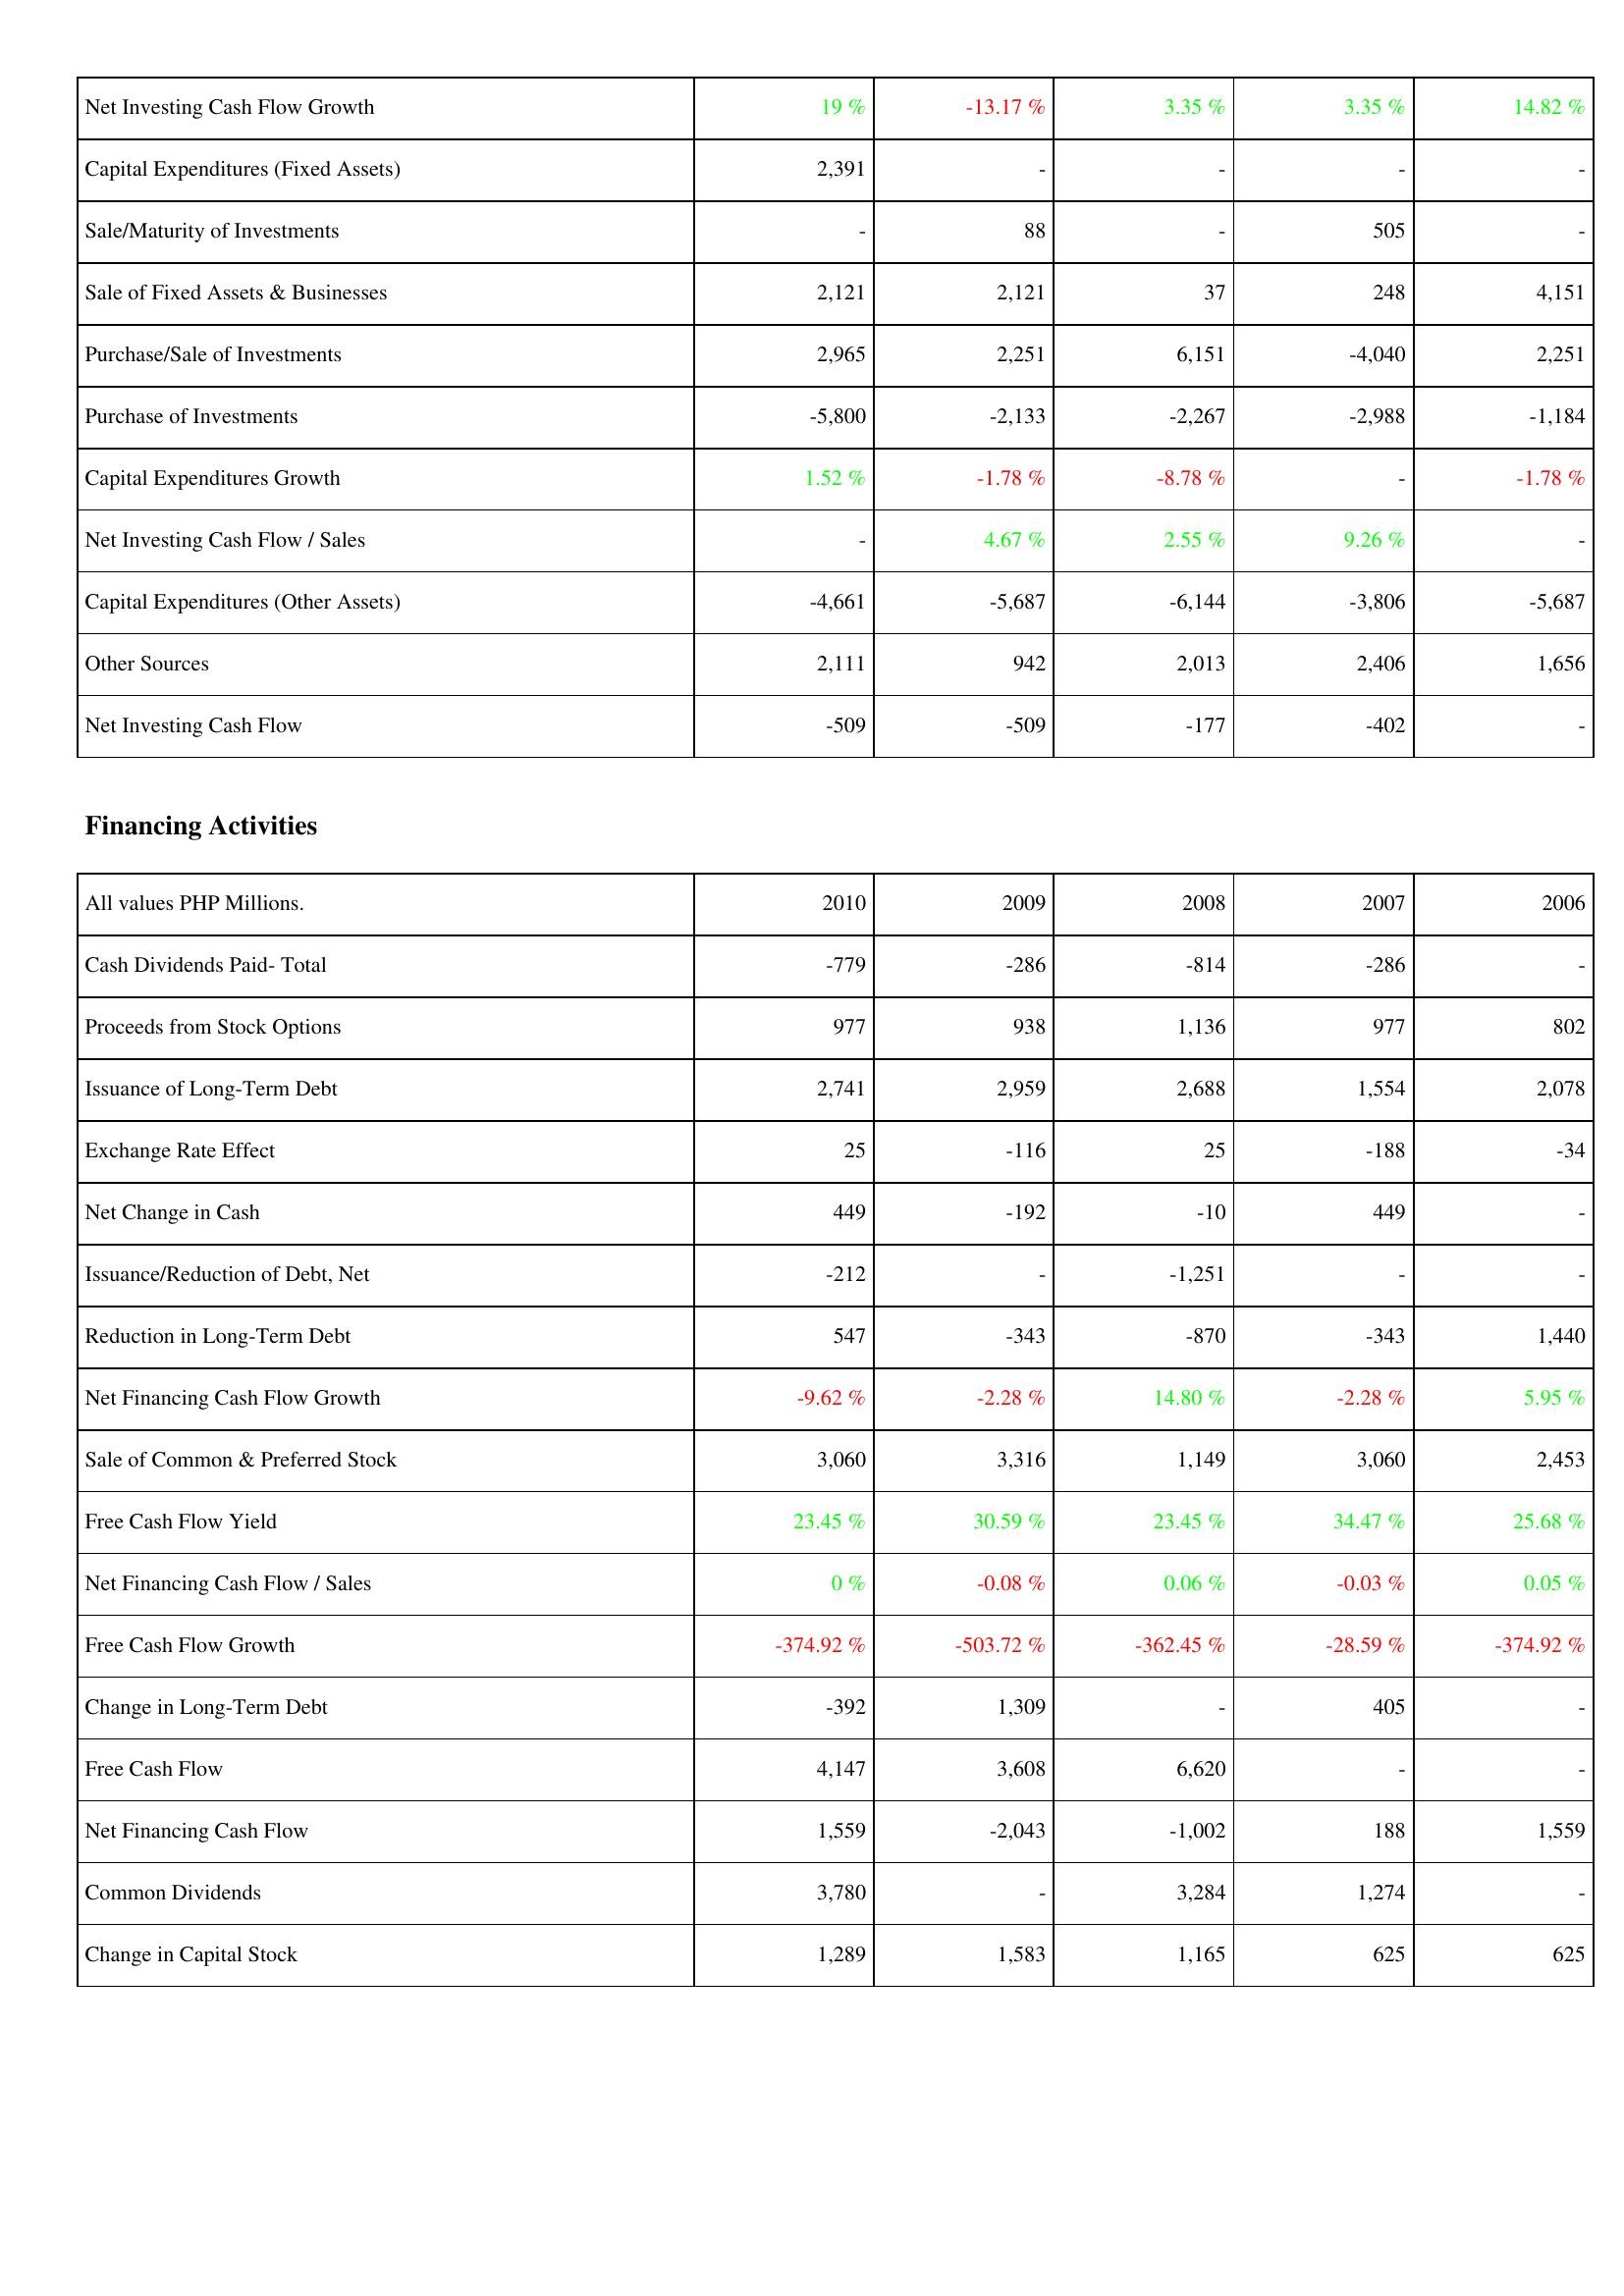
2010: Investing Activities: Net Investing Cash Flow Growth: 19 %
Capital Expenditures (Fixed Assets): 2,391
Sale/Maturity of Investments: -
Sale of Fixed Assets & Businesses: 2,121
Purchase/Sale of Investments: 2,965
Purchase of Investments: -5,800
Capital Expenditures Growth: 1.52 %
Net Investing Cash Flow / Sales: -
Capital Expenditures (Other Assets): -4,661
Other Sources: 2,111
Net Investing Cash Flow: -509
Financing Activities: Cash Dividends Paid- Total: -779
Proceeds from Stock Options: 977
Issuance of Long-Term Debt: 2,741
Exchange Rate Effect: 25
Net Change in Cash: 449
Issuance/Reduction of Debt, Net: -212
Reduction in Long-Term Debt: 547
Net Financing Cash Flow Growth: -9.62 %
Sale of Common & Preferred Stock: 3,060
Free Cash Flow Yield: 23.45 %
Net Financing Cash Flow / Sales: 0 %
Free Cash Flow Growth: -374.92 %
Change in Long-Term Debt: -392
Free Cash Flow: 4,147
Net Financing Cash Flow: 1,559
Common Dividends: 3,780
Change in Capital Stock: 1,289
2009: Investing Activities: Net Investing Cash Flow Growth: -13.17 %
Capital Expenditures (Fixed Assets): -
Sale/Maturity of Investments: 88
Sale of Fixed Assets & Businesses: 2,121
Purchase/Sale of Investments: 2,251
Purchase of Investments: -2,133
Capital Expenditures Growth: -1.78 %
Net Investing Cash Flow / Sales: 4.67 %
Capital Expenditures (Other Assets): -5,687
Other Sources: 942
Net Investing Cash Flow: -509
Financing Activities: Cash Dividends Paid- Total: -286
Proceeds from Stock Options: 938
Issuance of Long-Term Debt: 2,959
Exchange Rate Effect: -116
Net Change in Cash: -192
Issuance/Reduction of Debt, Net: -
Reduction in Long-Term Debt: -343
Net Financing Cash Flow Growth: -2.28 %
Sale of Common & Preferred Stock: 3,316
Free Cash Flow Yield: 30.59 %
Net Financing Cash Flow / Sales: -0.08 %
Free Cash Flow Growth: -503.72 %
Change in Long-Term Debt: 1,309
Free Cash Flow: 3,608
Net Financing Cash Flow: -2,043
Common Dividends: -
Change in Capital Stock: 1,583
2008: Investing Activities: Net Investing Cash Flow Growth: 3.35 %
Capital Expenditures (Fixed Assets): -
Sale/Maturity of Investments: -
Sale of Fixed Assets & Businesses: 37
Purchase/Sale of Investments: 6,151
Purchase of Investments: -2,267
Capital Expenditures Growth: -8.78 %
Net Investing Cash Flow / Sales: 2.55 %
Capital Expenditures (Other Assets): -6,144
Other Sources: 2,013
Net Investing Cash Flow: -177
Financing Activities: Cash Dividends Paid- Total: -814
Proceeds from Stock Options: 1,136
Issuance of Long-Term Debt: 2,688
Exchange Rate Effect: 25
Net Change in Cash: -10
Issuance/Reduction of Debt, Net: -1,251
Reduction in Long-Term Debt: -870
Net Financing Cash Flow Growth: 14.80 %
Sale of Common & Preferred Stock: 1,149
Free Cash Flow Yield: 23.45 %
Net Financing Cash Flow / Sales: 0.06 %
Free Cash Flow Growth: -362.45 %
Change in Long-Term Debt: -
Free Cash Flow: 6,620
Net Financing Cash Flow: -1,002
Common Dividends: 3,284
Change in Capital Stock: 1,165
2007: Investing Activities: Net Investing Cash Flow Growth: 3.35 %
Capital Expenditures (Fixed Assets): -
Sale/Maturity of Investments: 505
Sale of Fixed Assets & Businesses: 248
Purchase/Sale of Investments: -4,040
Purchase of Investments: -2,988
Capital Expenditures Growth: -
Net Investing Cash Flow / Sales: 9.26 %
Capital Expenditures (Other Assets): -3,806
Other Sources: 2,406
Net Investing Cash Flow: -402
Financing Activities: Cash Dividends Paid- Total: -286
Proceeds from Stock Options: 977
Issuance of Long-Term Debt: 1,554
Exchange Rate Effect: -188
Net Change in Cash: 449
Issuance/Reduction of Debt, Net: -
Reduction in Long-Term Debt: -343
Net Financing Cash Flow Growth: -2.28 %
Sale of Common & Preferred Stock: 3,060
Free Cash Flow Yield: 34.47 %
Net Financing Cash Flow / Sales: -0.03 %
Free Cash Flow Growth: -28.59 %
Change in Long-Term Debt: 405
Free Cash Flow: -
Net Financing Cash Flow: 188
Common Dividends: 1,274
Change in Capital Stock: 625
2006: Investing Activities: Net Investing Cash Flow Growth: 14.82 %
Capital Expenditures (Fixed Assets): -
Sale/Maturity of Investments: -
Sale of Fixed Assets & Businesses: 4,151
Purchase/Sale of Investments: 2,251
Purchase of Investments: -1,184
Capital Expenditures Growth: -1.78 %
Net Investing Cash Flow / Sales: -
Capital Expenditures (Other Assets): -5,687
Other Sources: 1,656
Net Investing Cash Flow: -
Financing Activities: Cash Dividends Paid- Total: -
Proceeds from Stock Options: 802
Issuance of Long-Term Debt: 2,078
Exchange Rate Effect: -34
Net Change in Cash: -
Issuance/Reduction of Debt, Net: -
Reduction in Long-Term Debt: 1,440
Net Financing Cash Flow Growth: 5.95 %
Sale of Common & Preferred Stock: 2,453
Free Cash Flow Yield: 25.68 %
Net Financing Cash Flow / Sales: 0.05 %
Free Cash Flow Growth: -374.92 %
Change in Long-Term Debt: -
Free Cash Flow: -
Net Financing Cash Flow: 1,559
Common Dividends: -
Change in Capital Stock: 625